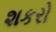
શકરો